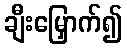
ချီးမြှောက်၍